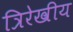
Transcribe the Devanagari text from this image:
त्रिरेखीय